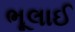
ભૂલાઈ